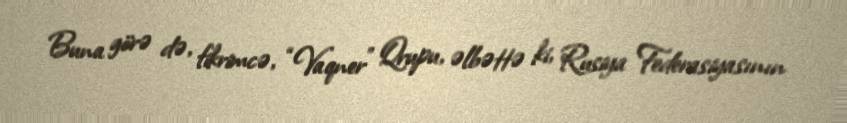
Buna görə də, fikrimcə, “Vaqner” Qrupu, əlbəttə ki, Rusiya Federasiyasının